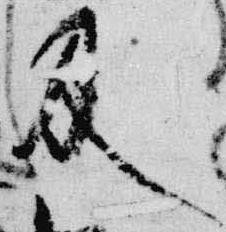
及